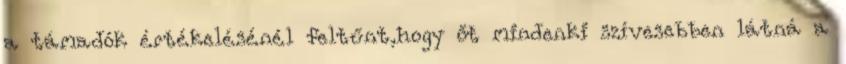
a támadók értékelésénél feltűnt,hogy őt mindenki szívesebben látná a